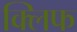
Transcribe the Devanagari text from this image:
क्‍लिफ